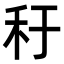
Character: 䄨